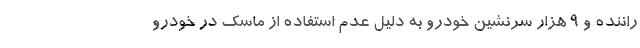
راننده و ۹ هزار سرنشین خودرو به دلیل عدم استفاده از ماسک در خودرو